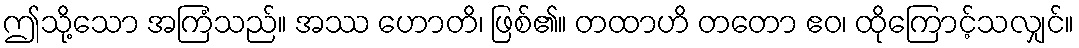
ဤသို့သော အကြံသည်။ အဿ ဟောတိ၊ ဖြစ်၏။ တထာဟိ တတော ဧဝ၊ ထိုကြောင့်သလျှင်။